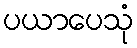
ပယာပေသုံ